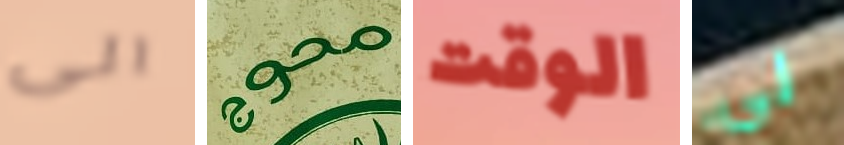
الى محوج الوقت لي